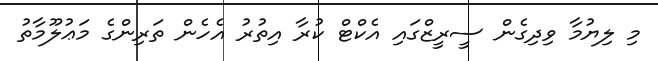
މި ލިޔުމާ ވިދިގެން ސީރީޒްގައި އެކްޓް ކުރާ އިތުރު އެހެން ތަރިންގެ މަޢުލޫމާތު